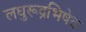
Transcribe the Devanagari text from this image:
लघुरूद्रभिषेक